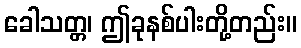
ခေါသတ္တ၊ ဤခုနစ်ပါးတို့တည်း။